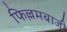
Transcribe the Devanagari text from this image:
फिल्लमबाजी